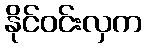
နိုင်ဝင်းလှက